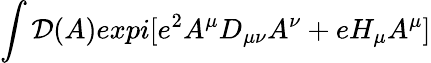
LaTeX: \int{\cal D}(A)expi[e^{2}A^{\mu}D_{\mu\nu}A^{\nu}+eH_{\mu}A^{\mu}]